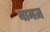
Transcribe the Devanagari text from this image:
नामज़